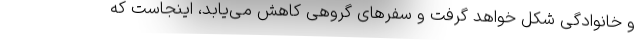
و خانوادگی شکل خواهد گرفت و سفرهای گروهی کاهش می‌یابد، اینجاست که